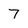
Character: 7